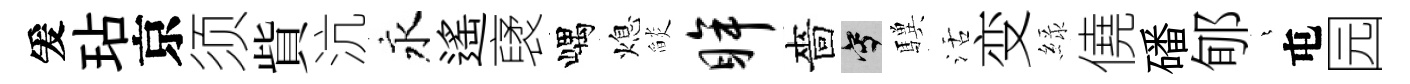
爰玷京须貲沆永遙裦嵎熄𦦨眸嗇寫驥活变緑僥磻郇燁屯园